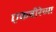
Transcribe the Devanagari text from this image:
एकवीरेच्या